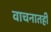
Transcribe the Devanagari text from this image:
वाचनातही